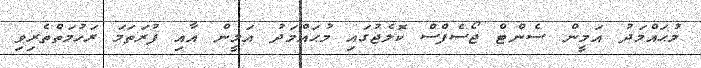
މުޙައްމަދު އަމީން ސެންޓް ޖޯސެފްސް ކޮލެޖުގައި މުޙައްމަދު އަމީން އާއި ފުރަތަމަ ރަހުމަތްތެރިވި